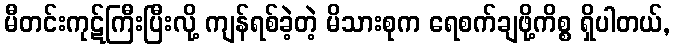
မီတင်းကုဋ်ကြီးပြီးလို့ ကျန်ရစ်ခဲ့တဲ့ မိသားစုက ရေစက်ချဖို့ကိစ္စ ရှိပါတယ်,